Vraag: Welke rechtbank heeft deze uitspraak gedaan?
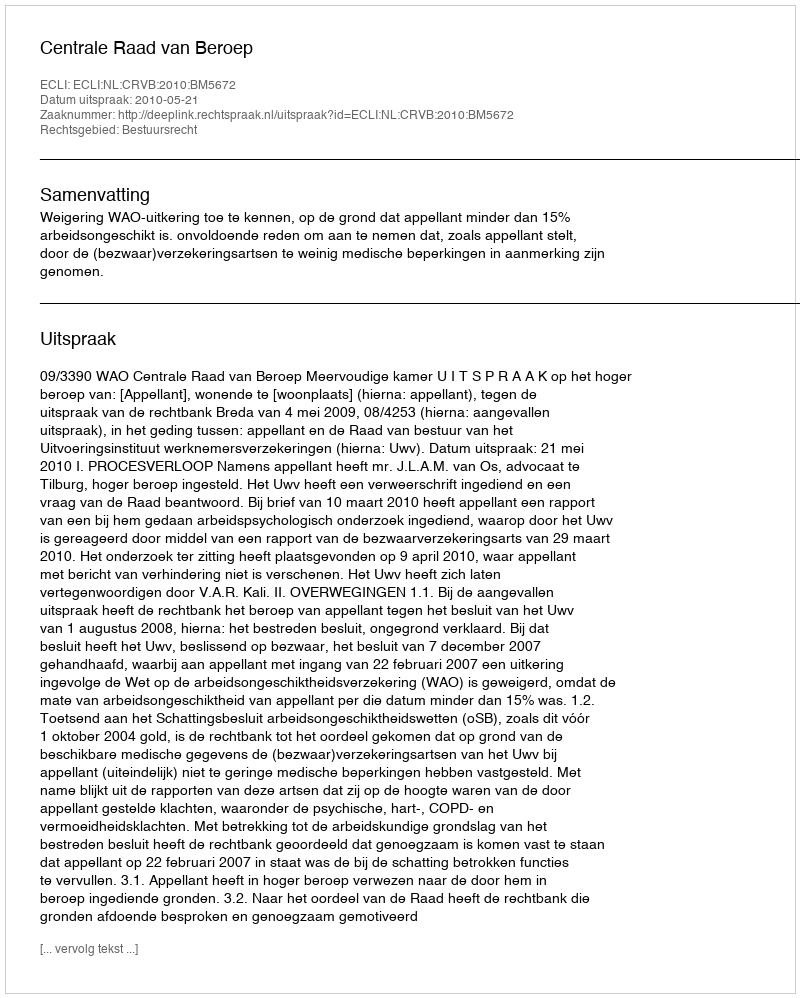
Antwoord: Centrale Raad van Beroep